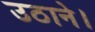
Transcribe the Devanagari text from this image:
उठाने।